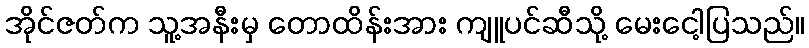
အိုင်ဇတ်က သူ့အနီးမှ တောထိန်းအား ကျူပင်ဆီသို့ မေးငေါ့ပြသည်။